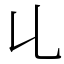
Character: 𠃏